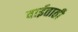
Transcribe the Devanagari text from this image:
वाईताती